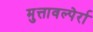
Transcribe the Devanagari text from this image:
मुत्तावल्पेर्रा